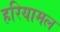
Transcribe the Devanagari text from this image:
हरियामल